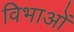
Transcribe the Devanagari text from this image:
विभाओं